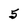
Character: 5